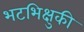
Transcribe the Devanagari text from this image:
भटभिक्षुकी